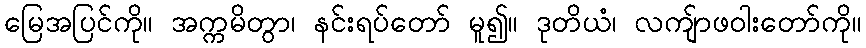
မြေအပြင်ကို။ အက္ကမိတွာ၊ နင်းရပ်တော် မူ၍။ ဒုတိယံ၊ လကျ်ာဖဝါးတော်ကို။